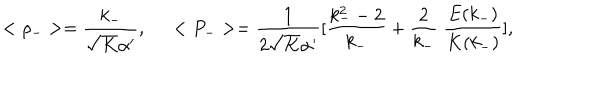
< \rho _ { - } > = \frac { k _ { - } } { \sqrt { K } \alpha ^ { \prime } } , \; \; < P _ { - } > = \frac { 1 } { 2 \sqrt { K } \alpha ^ { \prime } } [ \frac { k _ { - } ^ { 2 } - 2 } { k _ { - } } + \frac { 2 } { k _ { - } } \; \frac { E ( k _ { - } ) } { K ( k _ { - } ) } ] ,